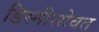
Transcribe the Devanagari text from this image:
डिस्नीसोबत